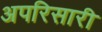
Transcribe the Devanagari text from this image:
अपरिसारी